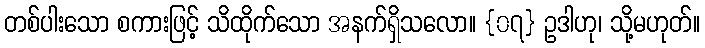
တစ်ပါးသော စကားဖြင့် သိထိုက်သော အနက်ရှိသလော။ {၀၇} ဥဒါဟု၊ သို့မဟုတ်။